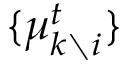
\{ \mu _ { k \setminus i } ^ { t } \}